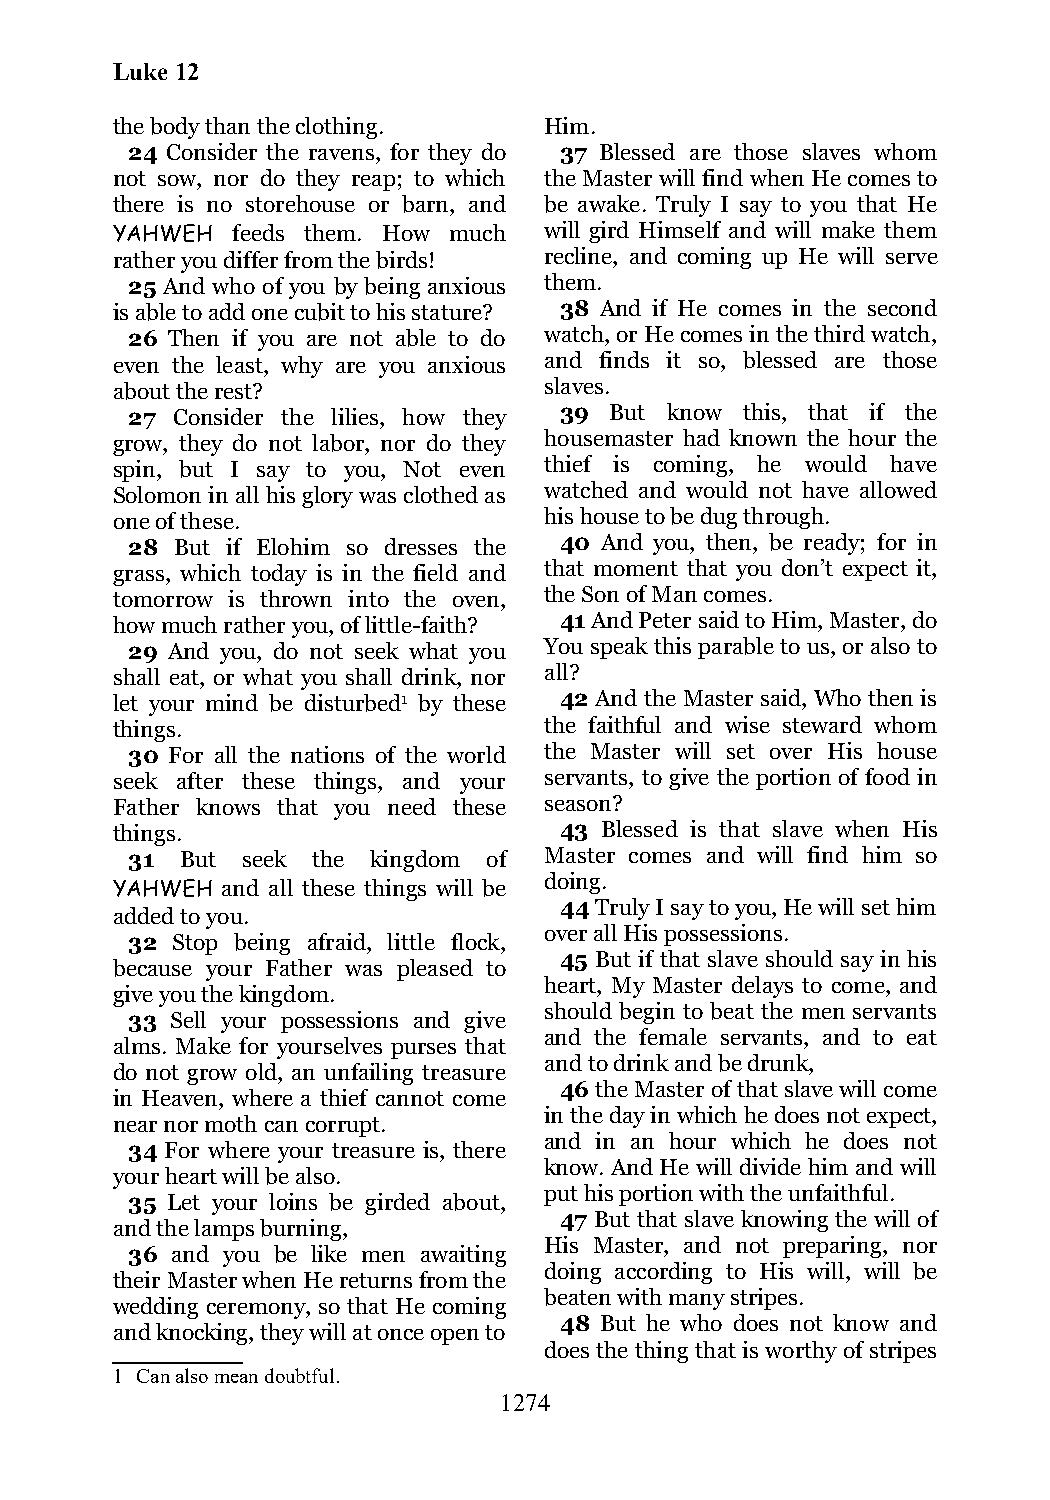
Luke 12
 the body than the clothing.  Him.
 24 Consider the ravens, for they do 37 Blessed are those slaves whom
 not sow, nor do they reap; to which the Master will find when He comes to
 there is no storehouse or barn, and be awake. Truly I say to you that He
 YAHWEH  feeds them. How much will gird Himself and will make them
 rather you differ from the birds! recline, and coming up He will serve
 25 And who of you by being anxious them.
 is able to add one cubit to his stature? 38 And if He comes in the second
 26 Then if you are not able to do watch, or He comes in the third watch,
 even the least, why are you anxious and finds it so, blessed are those
 about the rest?              slaves.
 27 Consider the lilies, how they 39 But know this, that if the
 grow, they do not labor, nor do they housemaster had known the hour the
 spin, but I say to you, Not even thief is coming, he would have
 Solomon in all his glory was clothed as watched and would not have allowed
 one of these.                his house to be dug through.
 28  But if Elohim so dresses the 40 And you, then, be ready; for in
 grass, which today is in the field and that moment that you don’t expect it,
 tomorrow is thrown into the oven, the Son of Man comes.
 how much rather you, of little-faith? 41 And Peter said to Him, Master, do
 29 And you, do not seek what you You speak this parable to us, or also to
 shall eat, or what you shall drink, nor all?
 let your mind be disturbed1 by these 42 And the Master said, Who then is
 things.                      the faithful and wise steward whom
 30 For all the nations of the world the Master will set over His house
 seek after these things, and your servants, to give the portion of food in
 Father knows that you need these season?
 things.                       43 Blessed is that slave when His
 31  But seek the kingdom of Master comes and will find him so
 doing.
 YAHWEH  and all these things will be
 44 Truly I say to you, He will set him
 added to you.
 over all His possessions.
 32 Stop being afraid, little flock,
 45 But if that slave should say in his
 because your Father was pleased to
 heart, My Master delays to come, and
 give you the kingdom.
 should begin to beat the men servants
 33 Sell your possessions and give
 and the female servants, and to eat
 alms. Make for yourselves purses that
 and to drink and be drunk,
 do not grow old, an unfailing treasure
 46 the Master of that slave will come
 in Heaven, where a thief cannot come
 in the day in which he does not expect,
 near nor moth can corrupt.
 and in an hour which he does not
 34 For where your treasure is, there
 know. And He will divide him and will
 your heart will be also.
 put his portion with the unfaithful.
 35 Let your loins be girded about,
 47 But that slave knowing the will of
 and the lamps burning,
 His Master, and not preparing, nor
 36 and you be like men awaiting
 doing according to His will, will be
 their Master when He returns from the
 beaten with many stripes.
 wedding ceremony, so that He coming
 48 But he who does not know and
 and knocking, they will at once open to
 does the thing that is worthy of stripes
 1 Can also mean doubtful.
 1274